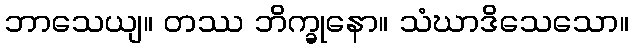
ဘာသေယျ။ တဿ ဘိက္ခုနော။ သံဃာဒိသေသော။